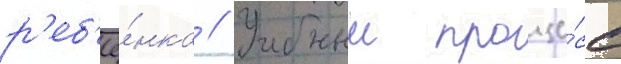
р'еб'ё́нка // Учебныи проце́сс